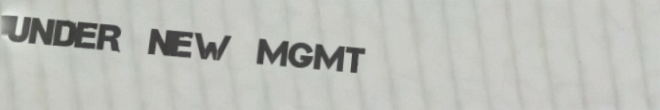
UNDER NEW MGMT